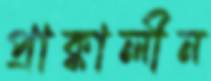
প্রাক্কালীন